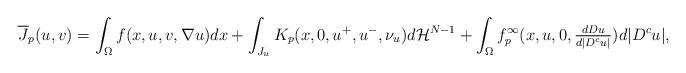
LaTeX: \begin{align*}\overline{J}_p(u,v)= \int_\Omega f(x,u,v, \nabla u) dx +\int_{J_u} K_p(x,0, u^+, u^-,\nu_u)d\mathcal{H}^{N-1} +\int_\Omega f_p^\infty(x,u,0,\tfrac{dDu}{d|D^c u|}) d|D^c u|,\end{align*}